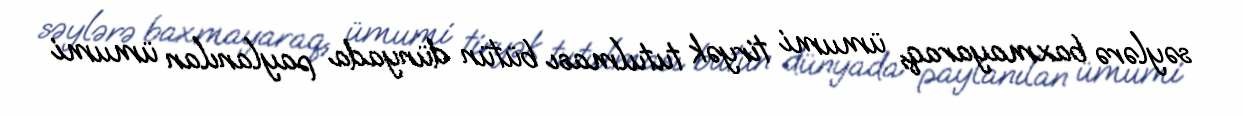
səylərə baxmayaraq, ümumi tiryək tutulması bütün dünyada paylanılan ümumi